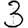
Digit: 3